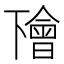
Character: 𠁚